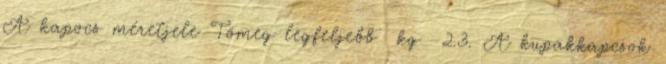
A kapocs méretjele Tömeg legfeljebb kg 2.3. A kupakkapcsok